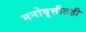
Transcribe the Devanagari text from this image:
मनोवृत्तीतही